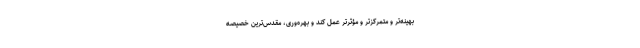
بهینه‌تر و متمرکزتر و مؤثرتر عمل کند و بهره‌وری، مقدس‌ترین خصیصهٔ